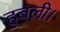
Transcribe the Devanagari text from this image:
हुबली।